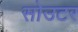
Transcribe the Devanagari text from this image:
सोउटर